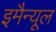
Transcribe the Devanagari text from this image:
इमैन्यूल